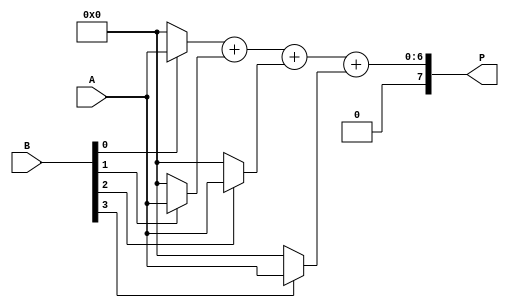
module array_multiplier #(parameter m = 4, n = 4) (
    input [m-1:0] A,  // Multiplicand
    input [n-1:0] B,  // Multiplier
    output [m+n-1:0] P // Product
);
    // Intermediate signals to hold partial products
    wire [m-1:0] pp [0:n-1]; // Partial products (n rows of m bits)
    wire [m+n-1:0] sum [0:n-1]; // Sums to hold intermediate results

    // Generate Partial Products
    genvar i;
    generate
        for (i = 0; i < n; i = i + 1) begin : partial_product_gen
            assign pp[i] = (B[i]) ? A : {m{1'b0}}; // AND each bit of B with A
        end
    endgenerate

    // Initialize the sum with the first partial product
    assign sum[0] = { {n{1'b0}}, pp[0] }; // Align the first partial product

    // Row-wise addition of partial products
    generate
        for (i = 1; i < n; i = i + 1) begin : adder_row
            // Shift the partial product to the left according to its row
            assign sum[i] = sum[i-1] + { {(n-i-1){1'b0}}, pp[i] }; // Add the previous sum with the current pp
        end
    endgenerate

    // Final product is obtained from the last sum
    assign P = sum[n-1];

endmodule